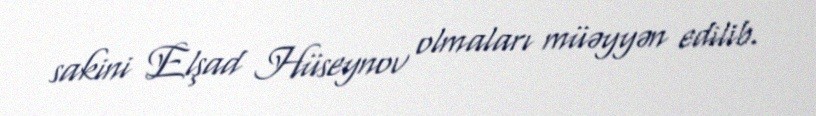
sakini Elşad Hüseynov olmaları müəyyən edilib.